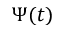
\Psi ( t )